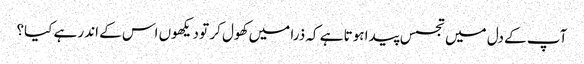
آپ کے دل میں تجسس پیدا ہوتا ہے کہ ذرا میں کھول کر تو دیکھوں اس کے اندر ہے کیا؟